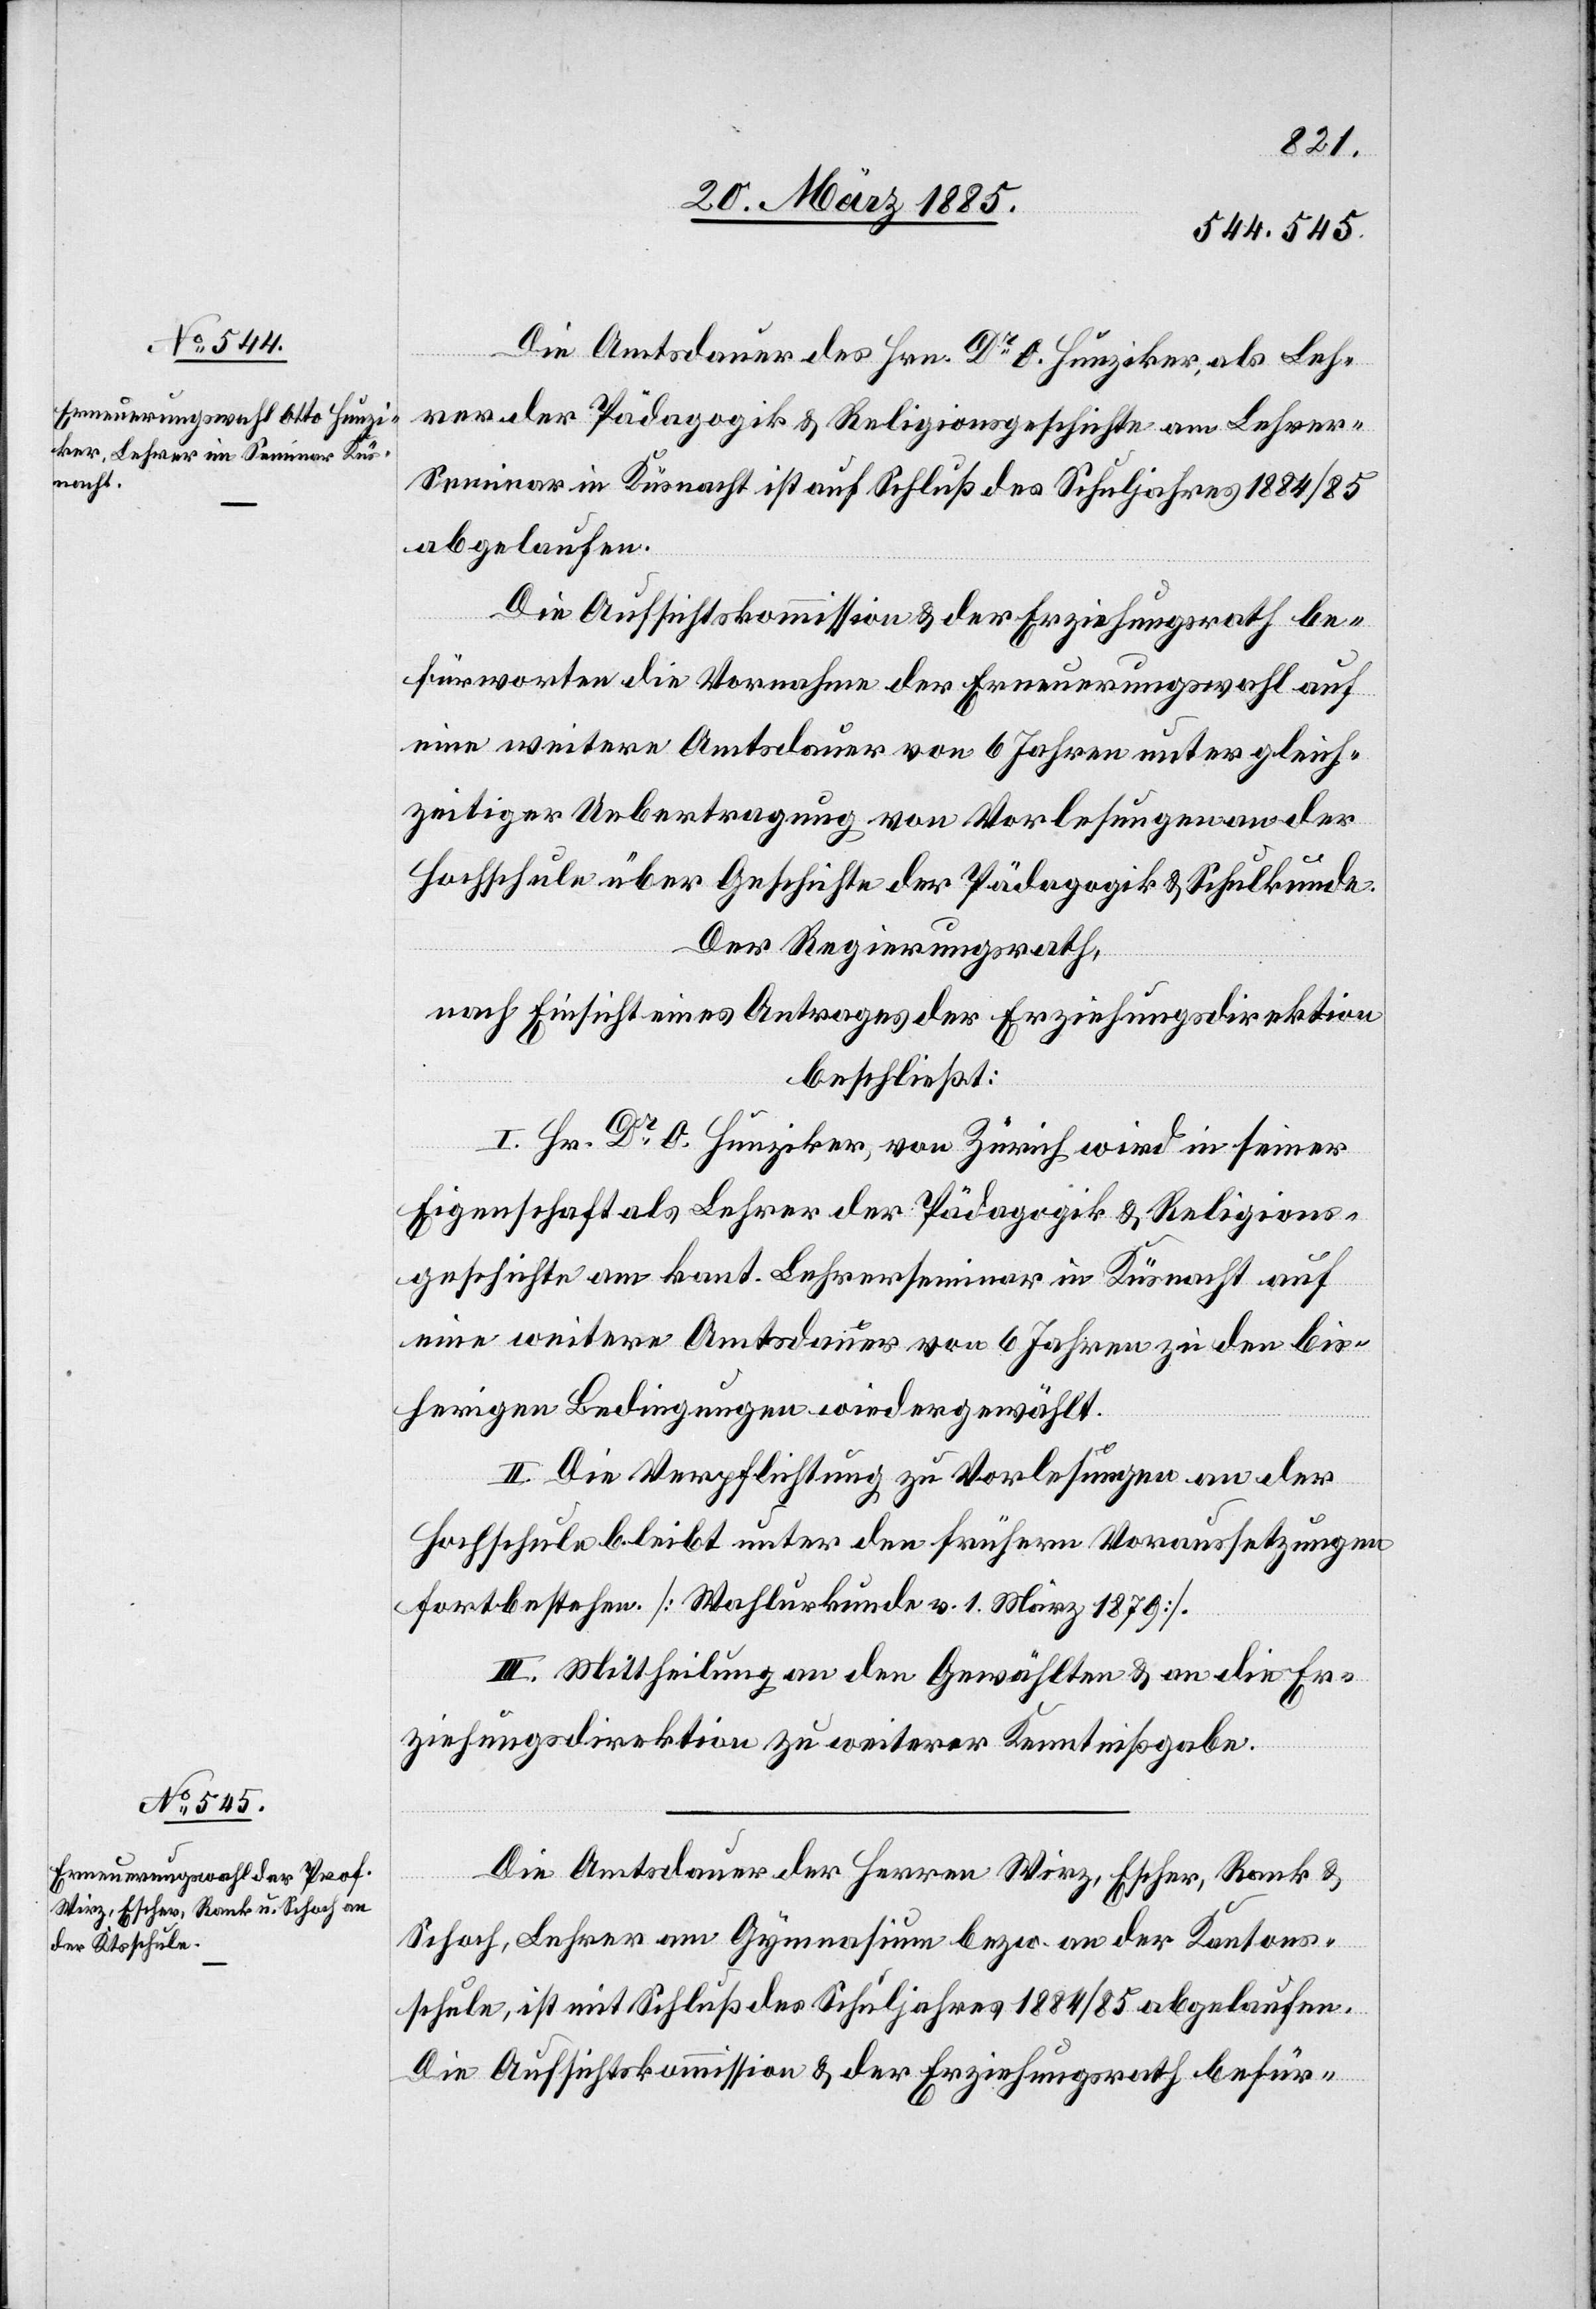
Die Amtsdauer des Hrn. Dr O. Hunziker, als Leh¬
rer der Pädagogik & Religionsgeschichte am Lehre¬
r-Seminar in Küsnacht ist auf Schluß des Schuljahres 1884/85
abgelaufen.
Die Aufsichtskommission & der Erziehungsrath be¬
fürworten die Vornahme der Erneuerungswahl auf
eine weitere Amtsdauer von 6 Jahren unter gleich¬
zeitiger Uebertragung von Vorlesungen an der
Hochschule über Geschichte der Pädagogik & Schulkunde.
Der Regierungsrath,
nach Einsicht eines Antrages der Erziehungsdirektion
beschließt:
I. Hr. Dr O. Hunziker, von Zürich wird in seiner
Eigenschaft als Lehrer der Pädagogik & Religions¬
geschichte am kant. Lehrerseminars in Küsnacht auf
eine weitere Amtsdauer von 6 Jahren zu den bis¬
herigen Bedingungen wiedergewählt.
II. Die Verpflichtung zu Vorlesungen an der
Hochschule bleibt unter den früheren Voraussetzungen
fortbestehen. [Wahlurkunde v. 1. März 1879].
III. Mittheilung an den Gewählten & an die Er¬
ziehungsdirektion zu weiterer Kenntnißgabe.
Die Amtsdauer der Herren Wirz, Escher, Rank &
Schoch, Lehrer am Gymnasium bezw. an der Kantons¬
schule, ist mit Schluß des Schuljahres 1884/85 abgelaufen.
Die Aufsichtskommission & der Erziehungsrath befür-